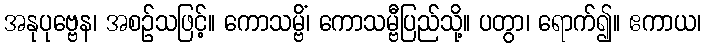
အနုပုဗ္ဗေန၊ အစဉ်သဖြင့်။ ကောသမ္ဗိံ၊ ကောသမ္ဗီပြည်သို့။ ပတွာ၊ ရောက်၍။ ဧကာယ၊